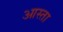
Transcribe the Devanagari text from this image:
आस्ता